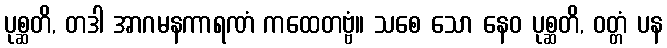
ပုစ္ဆတိ, တဒါ အာဂမနကာရဏံ ကထေတဗ္ဗံ။ သစေ သော နေဝ ပုစ္ဆတိ, ဝတ္တံ ပန